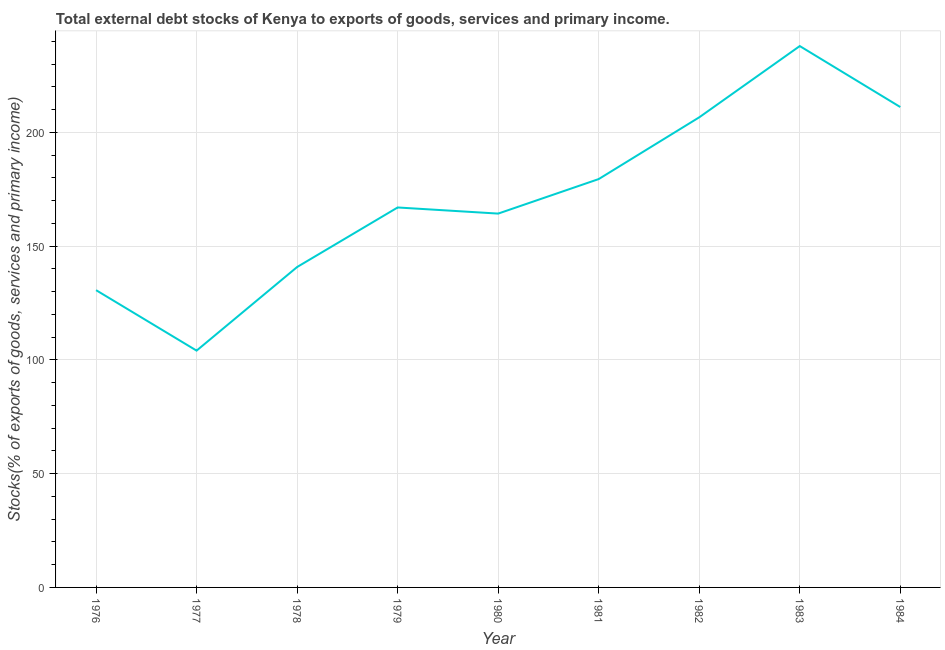
| Year | External debt stocks (% of exports of goods |
 | --- | --- |
 | 1976 | 131 |
 | 1977 | 104 |
 | 1978 | 141 |
 | 1979 | 167 |
 | 1980 | 164 |
 | 1981 | 179 |
 | 1982 | 207 |
 | 1983 | 238 |
 | 1984 | 211 |